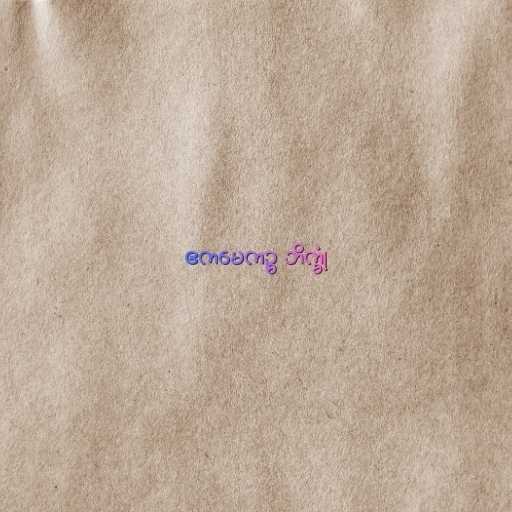
ဧကမေကဉ္စ ဘိက္ခုံ